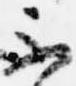
不